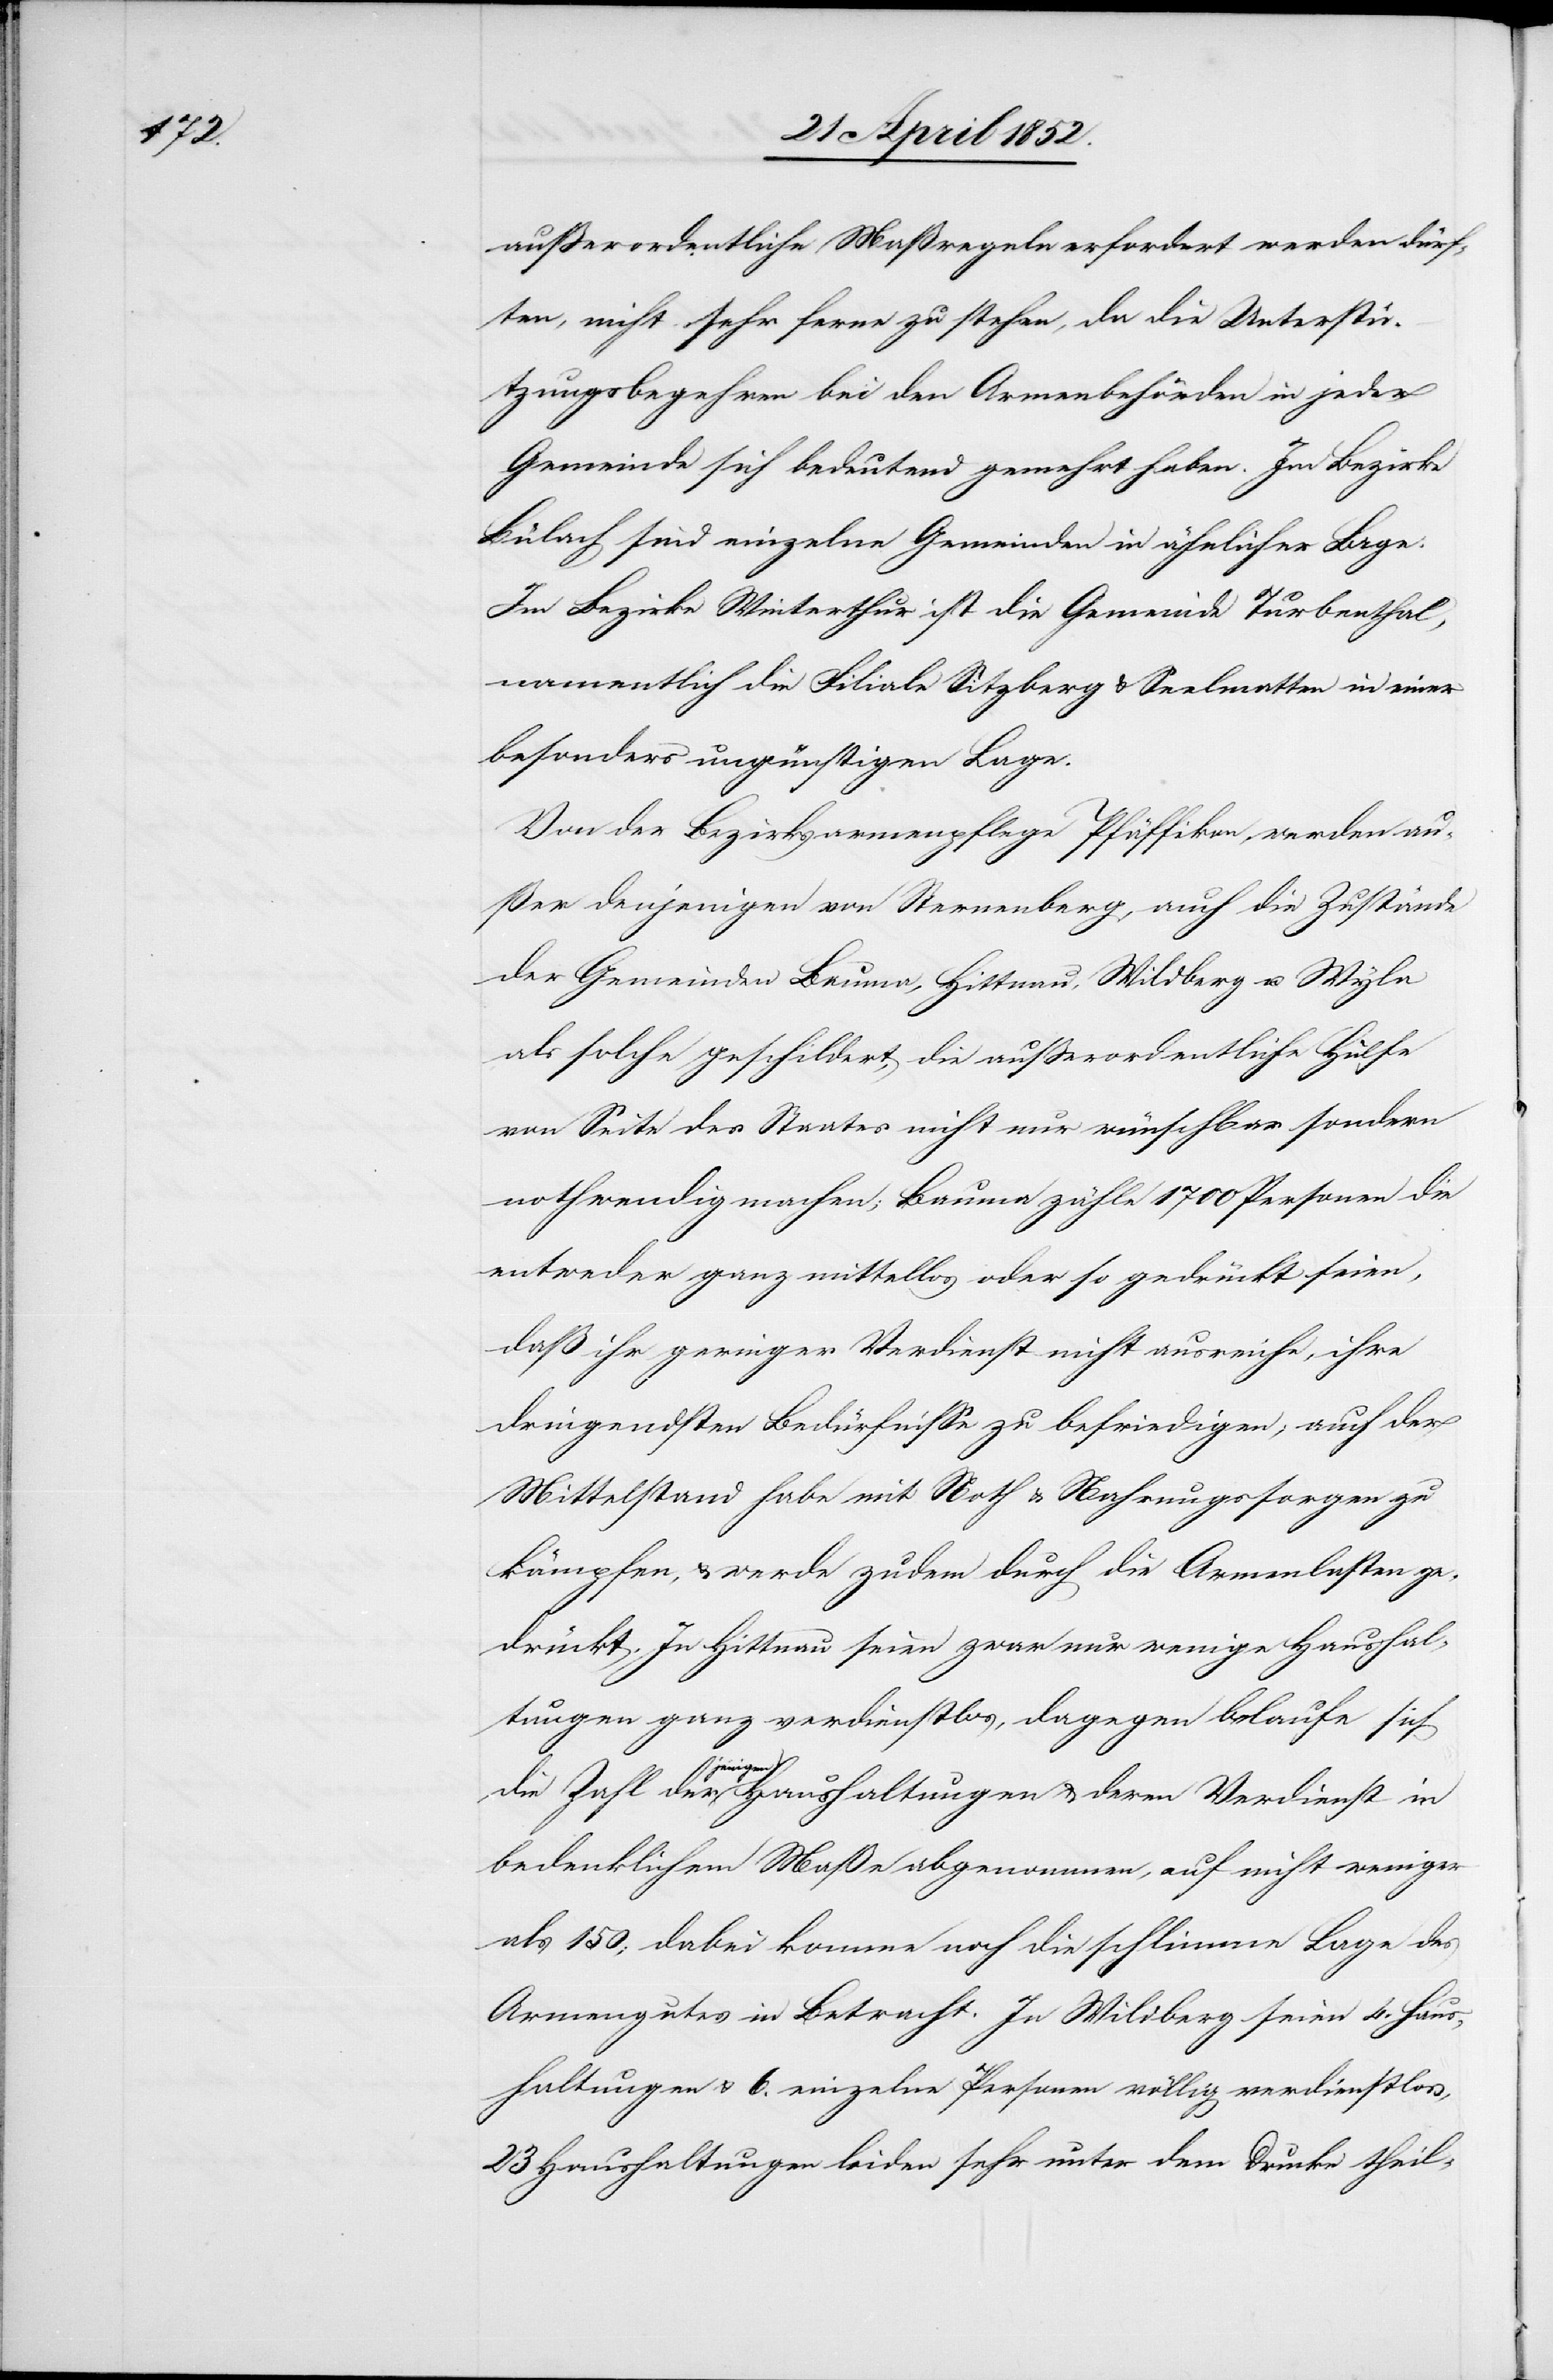
ausserordentliche Maßregeln erfordert werden dürf¬
ten, nicht sehr ferne zu stehen, da die Unterstü¬
tzungsbegehren bei den Armenbehörden in jeder
Gemeinde sich bedeutend gemehrt haben. Im Bezirke
Bülach sind einzelne Gemeinden in ähnlicher Lage.
Im Bezirke Winterthur ist die Gemeinde Turbenthal,
namentlich die Filiale Sitzberg & Seelmatten in einer
besonders ungünstigen Lage.
Von der Bezirksarmenpflege Pfäffikon werden au¬
ßer denjenigen von Sternenberg, auch die Zustände
der Gemeinden Bauma, Hittnau, Wildberg u. Wyla
als solche geschildert, die ausserordentliche Hülfe
von Seite des Staates nicht nur wünschbar sondern
nothwendig machen; Bauma zähle 1700 Personen die
entweder ganz mittellos oder so gedrückt seien,
daß ihr geringer Verdienst nicht ausreiche, ihre
dringendsten Bedürfnisse zu befriedigen; auch der
Mittelstand habe mit Noth & Nahrungssorgen zu
kämpfen, & werde zudem durch die Armenlasten ge¬
drückt. In Hittnau seien zwar nur wenige Haushal¬
tungen ganz verdienstlos, dagegen belaufe sich
die Zahl derjenigen Haushaltungen & deren Verdienst in
bedenklichem Maße abgenommen, auf nicht weniger
als 150; dabei komme noch die schlimme Lage des
Armengutes in Betracht. In Wildberg seien 4. Haus¬
haltungen & 6. einzelne Personen völlig verdienstlos,
23 Haushaltungen leiden sehr unter dem Drucke theil-